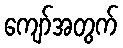
ကျော်အတွက်